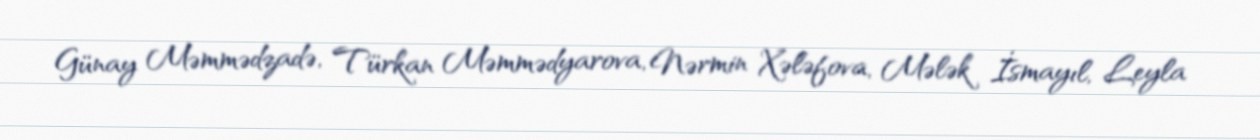
Günay Məmmədzadə, Türkan Məmmədyarova, Nərmin Xələfova, Mələk İsmayıl, Leyla